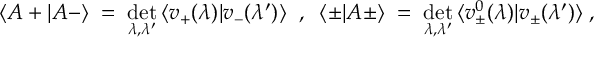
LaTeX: \langle A + | A - \rangle \; = \; \operatorname * { d e t } _ { \lambda , \lambda ^ { \prime } } \, \langle v _ { + } ( \lambda ) | v _ { - } ( \lambda ^ { \prime } ) \rangle \; \; , \; \; \langle \pm | A \pm \rangle \; = \; \operatorname * { d e t } _ { \lambda , \lambda ^ { \prime } } \, \langle v _ { \pm } ^ { 0 } ( \lambda ) | v _ { \pm } ( \lambda ^ { \prime } ) \rangle \; ,